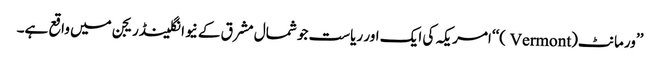
’’ورمانٹ(Vermont )‘‘امریکہ کی ایک اور ریاست جو شمال مشرق کے نیوانگلینڈریجن میں واقع ہے۔